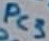
Text: PC3